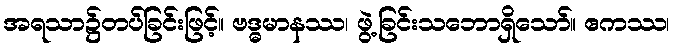
အရသာ၌တပ်ခြင်းဖြင့်။ ဗဒ္ဓမာနဿ၊ ဖွဲ့ခြင်းသဘောရှိသော်။ ဧကဿ၊